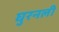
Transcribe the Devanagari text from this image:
घुरनली